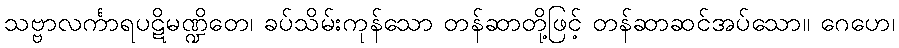
သဗ္ဗာလင်္ကာရပဋိမဏ္ဍိတေ၊ ခပ်သိမ်းကုန်သော တန်ဆာတို့ဖြင့် တန်ဆာဆင်အပ်သော။ ဂေဟေ၊